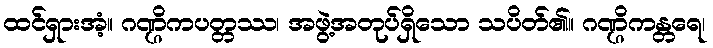
ထင်ရှားအံ့။ ဂဏ္ဌိကပတ္တဿ၊ အဖွဲ့အတုပ်ရှိသော သပိတ်၏။ ဂဏ္ဌိကန္တရေ၊